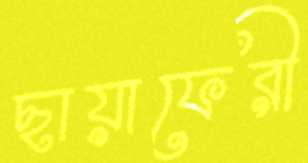
ছায়াফেরী